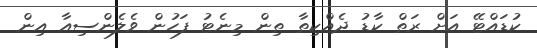
ކުޑައްޓޭ އަށް ރަތް ކާޑު ދެއްކިތާ ތިން މިނެޓު ފަހުން ވެލެންސިއާ އިން